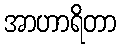
အာဟာရိတာ